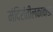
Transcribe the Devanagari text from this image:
मंदिरांतीलकाकडा